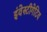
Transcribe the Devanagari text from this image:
इंवेस्टीगेटिव